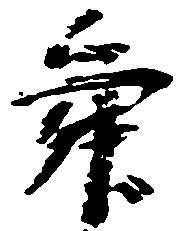
舜